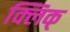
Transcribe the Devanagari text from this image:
क्लिक्